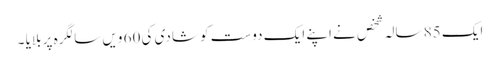
ایک 85 سالہ شخص نے اپنے ایک دوست کو شادی کی 60 ویں سالگرہ پر بلایا ۔